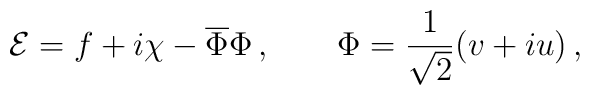
{\cal E} = f + i\chi - \overline{\Phi}\Phi \,, \qquad \Phi = \frac{1}{\sqrt{2}}(v+ iu) \,,